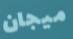
ميجان